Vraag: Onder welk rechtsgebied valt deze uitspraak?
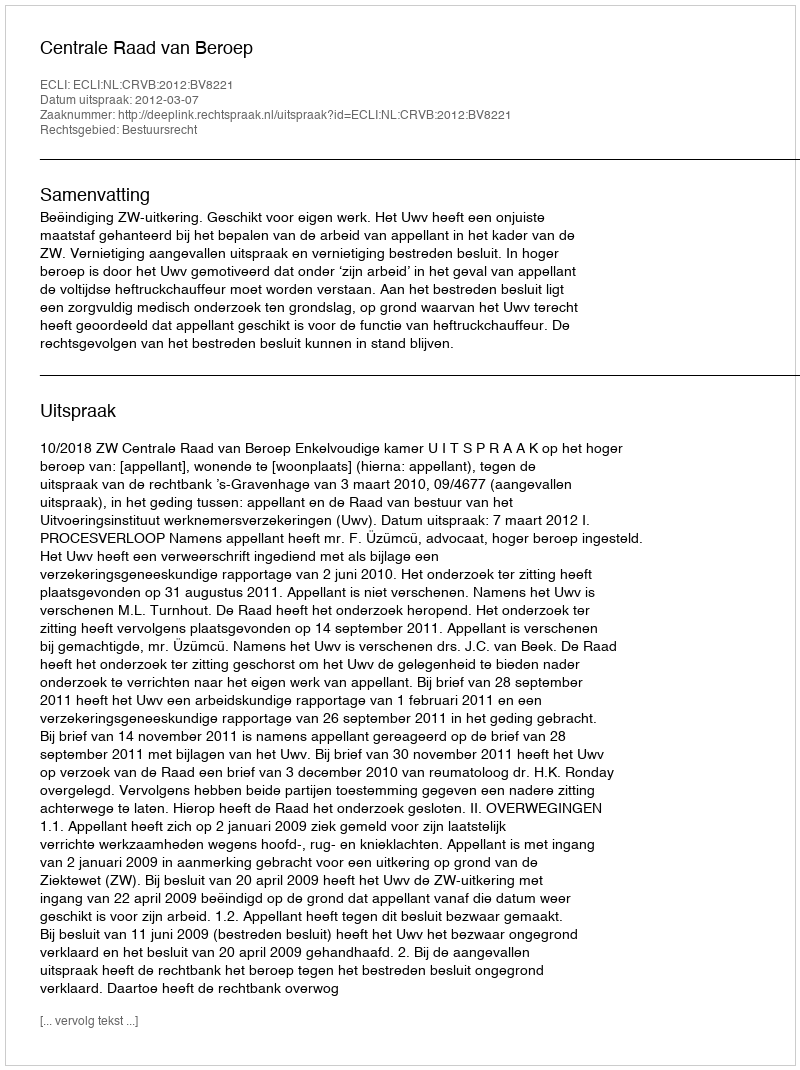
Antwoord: Bestuursrecht